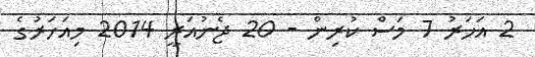
2 އަހަރު 7 މަސް ކުރިން - 20 ޖެނުއަރީ 2014 މިއަހަރުގެ